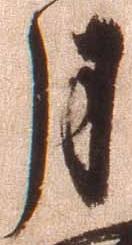
月